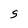
Character: S